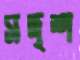
সদৃশ